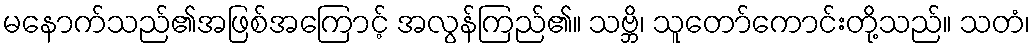
မနောက်သည်၏အဖြစ်အကြောင့် အလွန်ကြည်၏။ သဗ္ဘိ၊ သူတော်ကောင်းတို့သည်။ သတံ၊